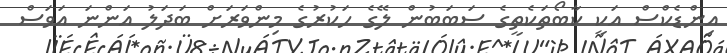
އިންޑެކްސް އަކީ ކާބޯތަކެތީގެ ސަބަބުން ލޭގެ ހަކުރުގެ މިންވަރަށް ބަދަލު އަންނަ އަވަސް